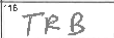
Transcription: TRB